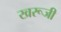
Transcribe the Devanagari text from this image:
खरूजी